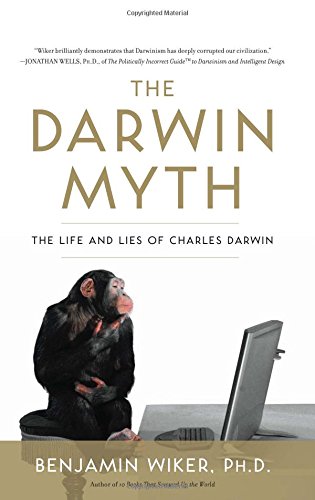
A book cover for The Darwin Myth: The Life and Lies of Charles Darwin; Benjamin Wiker; Christian Books & Bibles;